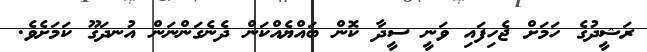
ރަޝީދުގެ ހަމަށް ޖެހިފައި ވަނީ ސީދާ ކޮން ބައްޔެއްކަން ދެނެގަންނަން އުނދަގޫ ކަމަށެވެ.